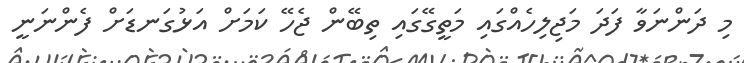
މި ދަންނަވާ ފަދަ މަޖިލިހެއްގައި މަތީގޭގައި ތިބޭން ޖެހޭ ކަމަށް އަޅުގަނޑަށް ފެންނަނީ